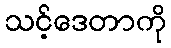
သင့်ဒေတာကို